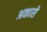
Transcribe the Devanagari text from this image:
अकासे